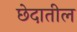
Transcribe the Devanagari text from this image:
छेदातील